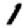
Digit: 1